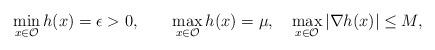
LaTeX: \begin{align*}\min\limits_{x\in\mathcal{O}} h(x)=\epsilon >0,\qquad\max\limits_{x\in\mathcal{O}}h(x)=\mu,\quad\max\limits_{x\in\mathcal{O}}|\nabla h(x)|\leq M ,\end{align*}